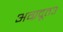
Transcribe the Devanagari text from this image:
अग्रदूत३